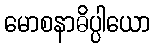
မောစနာဓိပ္ပါယော